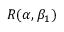
R ( \alpha , \beta _ { 1 } )